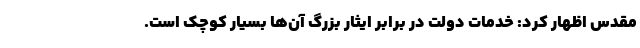
مقدس اظهار کرد: خدمات دولت در برابر ایثار بزرگ آن‌ها بسیار کوچک است.